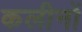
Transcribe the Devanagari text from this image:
कलीनों